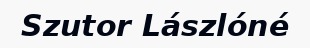
Szutor Lászlóné